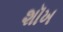
શૉખ